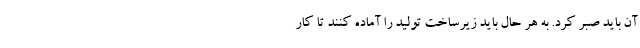
آن باید صبر کرد. به هر حال باید زیرساخت تولید را آماده کنند تا کار